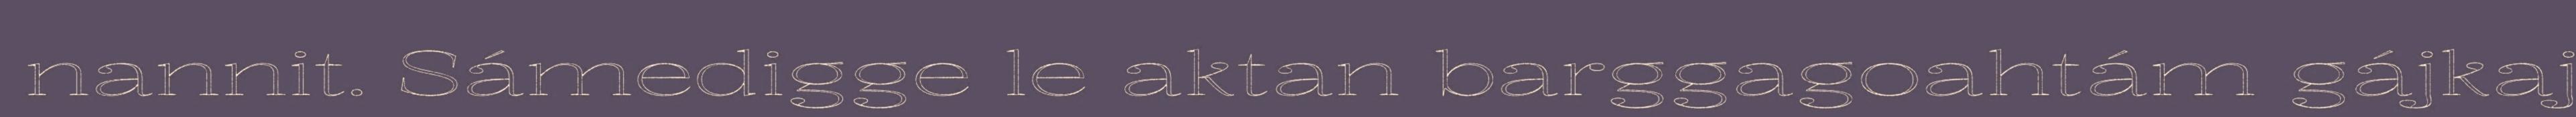
nannit. Sámedigge le aktan barggagoahtám gájkaj